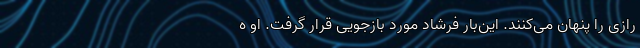
رازی را پنهان می‌کنند. این‌بار فرشاد مورد بازجویی قرار گرفت. او ه